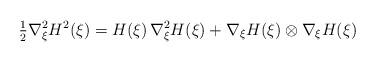
LaTeX: \begin{align*} \tfrac{1}{2}\nabla^2_\xi H^2(\xi)=H(\xi)\,\nabla^2_\xi H(\xi)+\nabla_\xi H(\xi)\otimes\nabla_\xi H(\xi) \end{align*}